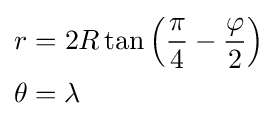
{\begin{aligned}r&=2R\tan \left({\frac {\pi }{4}}-{\frac {\varphi }{2}}\right)\\\theta &=\lambda \end{aligned}}